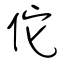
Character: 佗